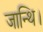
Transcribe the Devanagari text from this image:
जान्थि।